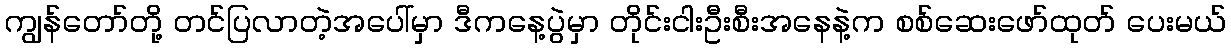
ကျွန်တော်တို့ တင်ပြလာတဲ့အပေါ်မှာ ဒီကနေ့ပွဲမှာ တိုင်းငါးဦးစီးအနေနဲ့က စစ်ဆေးဖော်ထုတ် ပေးမယ်